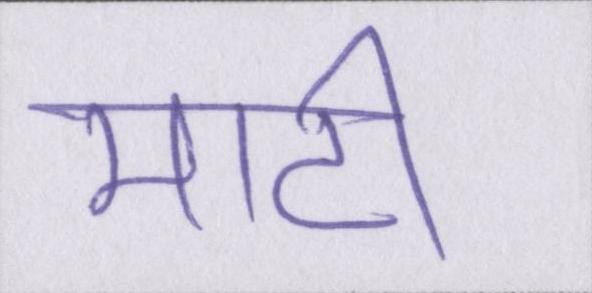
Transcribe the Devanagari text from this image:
माटी